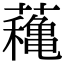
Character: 蘒